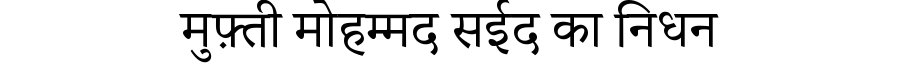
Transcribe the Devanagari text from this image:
मुफ़्ती मोहम्मद सईद का निधन